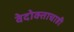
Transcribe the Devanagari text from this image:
वेदोक्ताचाही